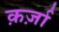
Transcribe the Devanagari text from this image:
क़र्ज़ा